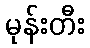
မုန်းတီး